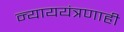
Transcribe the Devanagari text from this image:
न्याययंत्रणाही